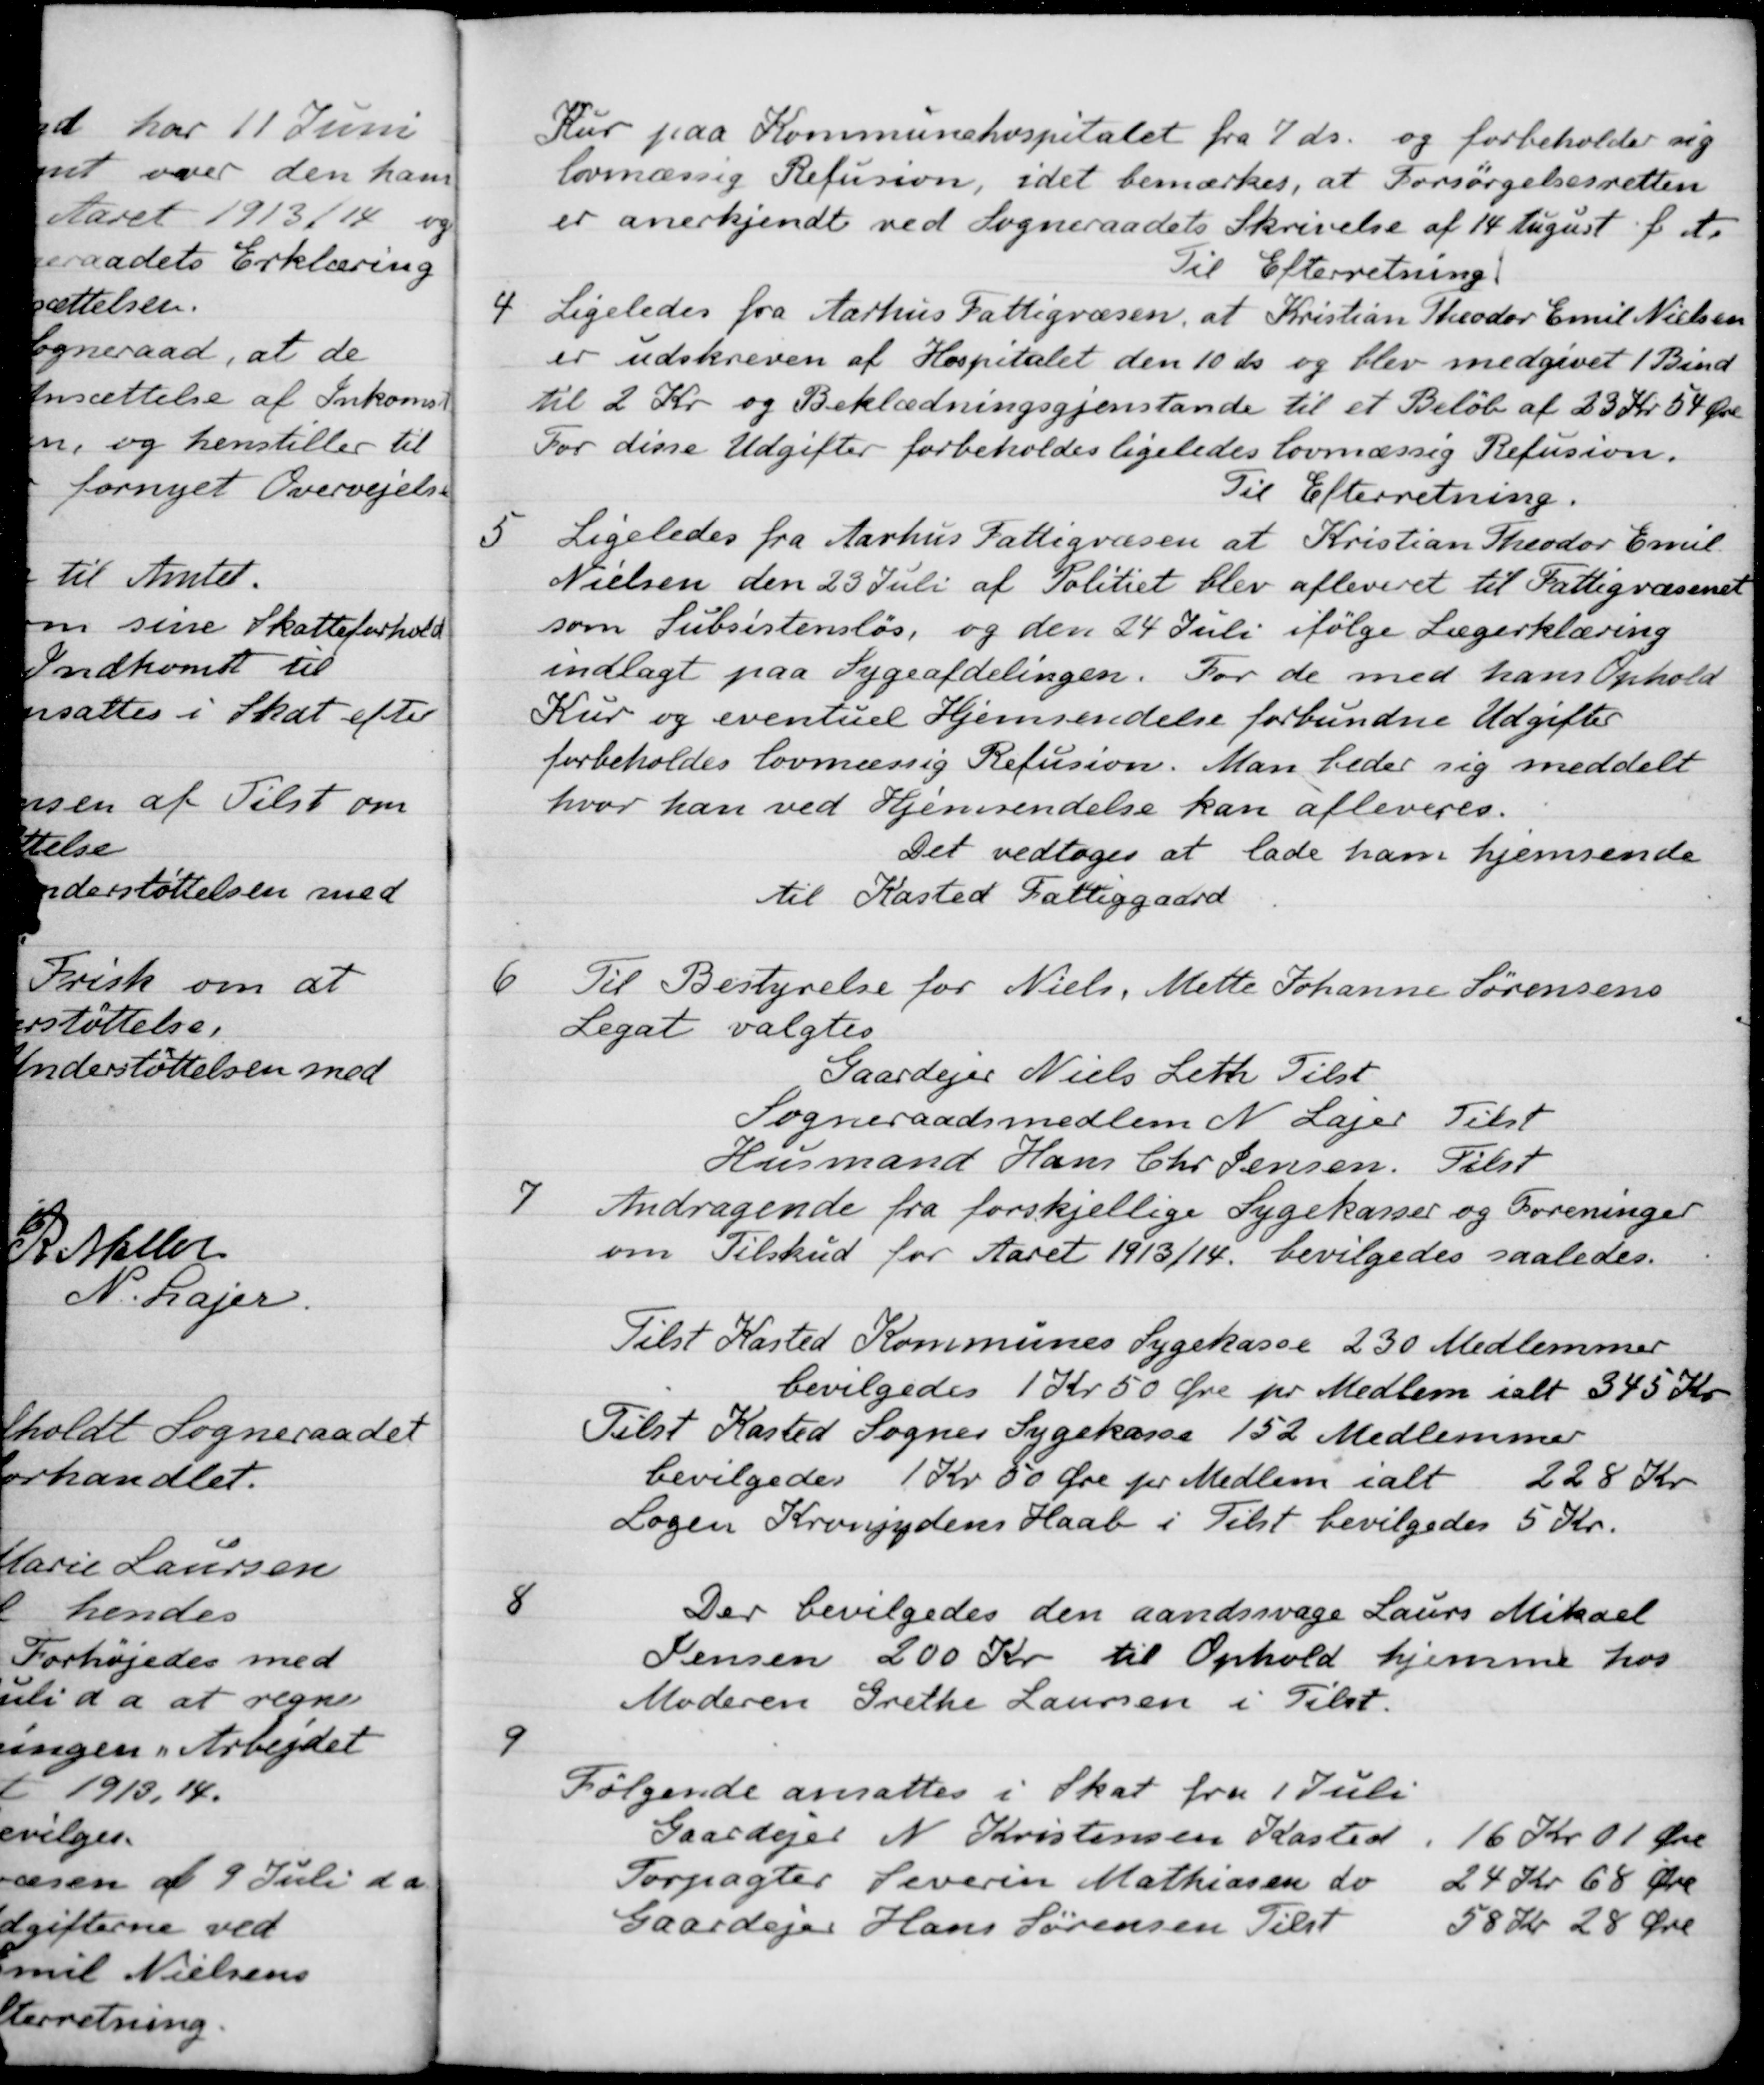
Transskription:
Kur paa Kommunehospitalet fra 7 ds. og forbeholder sig
lovmæssig Refusion, idet bemærkes, at Forsørgelsesretten
er anerkjendt ved Sogneraadets Skrivelse af 14 August f. A.
Til Efterretning
4.
Ligeledes fra Aarhus Fattigvæsen, at Kristian Theodor Emil Nielsen
er udskreven af Hospitalet den 10 ds og blev medgivet 1 Bind
til 2 Kr og Beklædningsgjenstande til et Beløb af 23 Kr. 54 Øre
For disse Udgifter forbeholdes ligeledes lovmæssig Refusion.
Til Efterretning.
5
Ligeledes fra Aarhus Fattigvæsen at Kristian Theodor Emil
Nielsen den 23 Juli af Politiet blev afleveret til Fattigvæsenet
som Subsistensløs, og den 24 Juli ifølge Lægerklæring
indlagt paa Sygeafdelingen. For de med hans Ophold
Kur og eventuel Hjemsendelse forbundne Udgifter
forbeholdes lovmæssig Refusion. Man beder sig meddelt
hvor han ved Hjemsendelse kan afleveres.
Det vedtoges at lade ham hjemsende
til Kasted Fattiggaard
6
Til Bestyrelse for Niels, Mette Johanne Sørensens
Legat valgtes
Gaardejer Niels Leth Tilst
Sogneraadsmedlem N. Lajer Tilst
Husmand Hans Chr Jensen. Tilst
7. 
Andragende fra forskjellige Sygekasser og Foreninger
om Tilskud for Aaret 1913/14 bevilgedes saaledes.
Tilst Kasted Kommunes Sygekasse 230 Medlemmer
bevilgedes 1 Kr 50 Øre pr. Medlem i alt 345 Kr.
Tilst Kasted Sogner Sygekasse 152 Medlemmer
bevilgedes 1 Kr 50 Øre pr Medlem i alt 228 Kr
Logen Kronjydens Haab i Tilst bevilgedes 5 Kr.
8
Der bevilgedes den aandssvage Laurs Mikael
Jensen 200 Kr til Ophold hjemme hos
Moderen Grethe Laursen i Tilst.
9
Følgende ansattes i Skat fra 1 Juli
Gaardejer N. Kristensen Kasted
16 Kr 01 Øre
Forpagter Severin Mathiasen do
24 Kr 68 Øre
Gaardejer Hans Sørensen Tilst
58 Kr 28 Øre